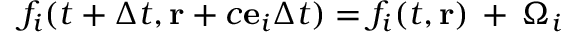
f _ { i } ( t + \Delta t , \mathbf { r } + c { \bf e } _ { i } \Delta t ) = f _ { i } ( t , \mathbf { r } ) \, + \, \Omega _ { i }